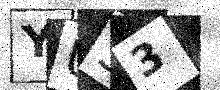
Text: YU33